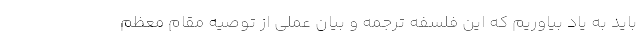
باید به یاد بیاوریم که این فلسفه ترجمه و بیان عملی از توصیه مقام معظم